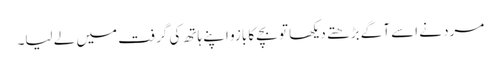
مرد نے اسے آگے بڑھتے دیکھا تو بچے کا بازو اپنے ہاتھ کی گرفت میں لے لیا۔